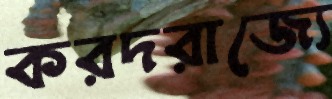
করদরাজ্যে